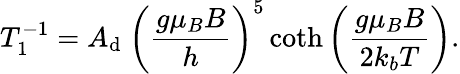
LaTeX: T_{1}^{-1}=A_{\mathrm{d}}~{\bigg(\frac{{g\mu_{B}B}}{{h}}\bigg)}^{5}\coth\bigg(\frac{{g\mu_{B}B}}{{2k_{b}T}}\bigg).